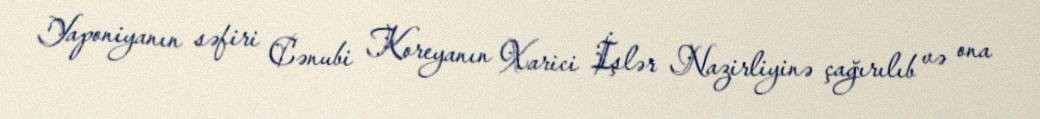
Yaponiyanın səfiri Cənubi Koreyanın Xarici İşlər Nazirliyinə çağırılıb və ona